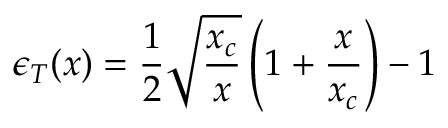
\epsilon _ { T } ( x ) = \frac { 1 } { 2 } \sqrt { \frac { x _ { c } } { x } } \left( 1 + \frac { x } { x _ { c } } \right) - 1